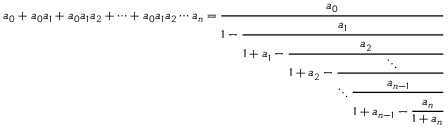
a _ { 0 } + a _ { 0 } a _ { 1 } + a _ { 0 } a _ { 1 } a _ { 2 } + \cdots + a _ { 0 } a _ { 1 } a _ { 2 } \cdots a _ { n } = { \cfrac { a _ { 0 } } { 1 - { \cfrac { a _ { 1 } } { 1 + a _ { 1 } - { \cfrac { a _ { 2 } } { 1 + a _ { 2 } - { \cfrac { \ddots } { \ddots { \cfrac { a _ { n - 1 } } { 1 + a _ { n - 1 } - { \cfrac { a _ { n } } { 1 + a _ { n } } } } } } } } } } } } }